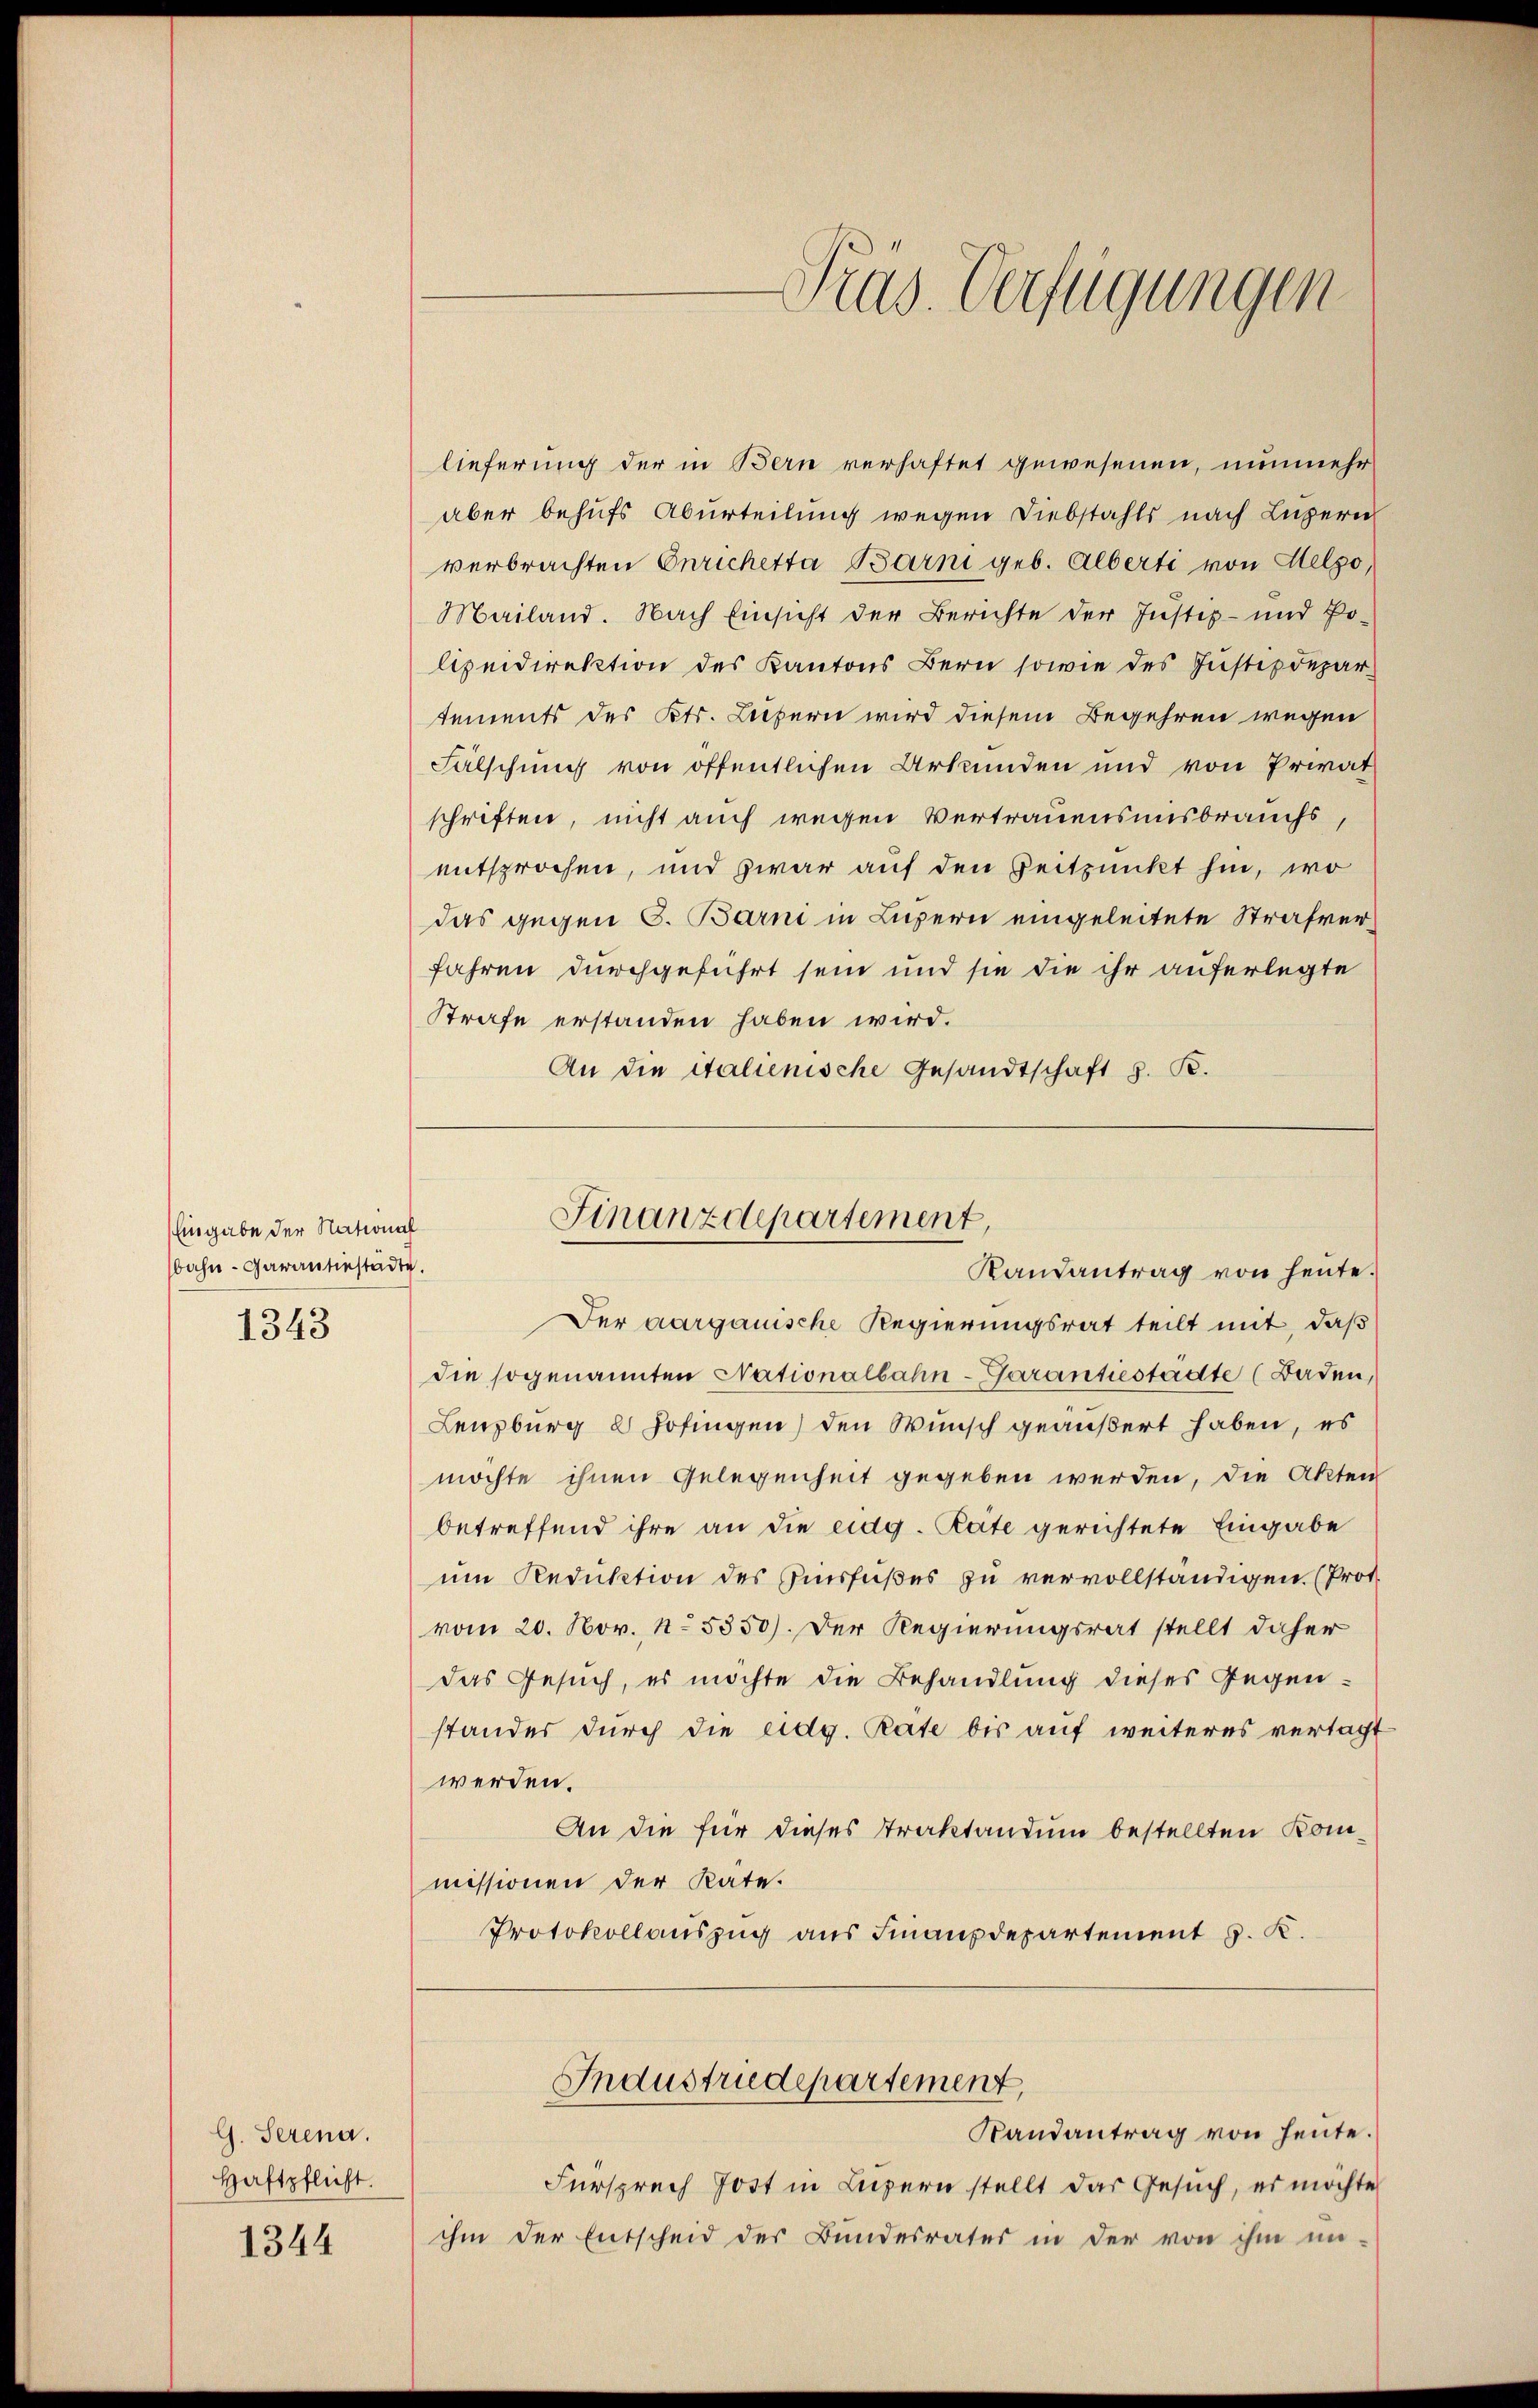
Eingabe der National
bahn-Garantiestadte.

1343

G. Serena.
Haftpflicht.

1344

lieferung der in Bern verhaftet gewesenen, nunmehr
aber behufs Aburteilung wegen Diebstahls nach Luzern
verbrachten Onrichetta Barni geb. Alberti von Helzo,
Mailand. Nach Einsicht der Berichte der Justiz- und Po-
lizeidirektion des Kantons Bern sowie des Justizdepartements des Kts. Luzern wird diesem Begehren wegen
Fälschung von öffentlichen Urkunden und von Privat
schriften, nicht auch wegen Vertrauensensbrauchs,
entsprochen, und zwar auf den Zeitpunkt hin, wo
das gegen S. Bern in Luzern eingeleitete Strafverfahren durchgeführt sein und sie die ihr auferlegte
Strafe erstanden haben wird.
An die Stalienische Gesandtschaft z. B.

Der aargauische Regierungsrat teilt mit, daß
die sogenannten Nationalbahn-Garantestadte (Baden,
Lenzburg 2 Hofingen) den Wunsch geäußert haben, es
möchte ihnen Gelegenheit gegeben werden, die Akten
betreffend ihre an die eidg. Rate gerichtete Eingabe
um Reduktion des Einsfußes zu vervollständigen. (Prot
vom 20. Nov. 15350). Der Regierungsrat stellt daher
das Gesuch, es möchte die Behandlung dieses Gegenstandes durch die eidg. Rate bis auf weiteres vertagt
werden.
An die für dieses Traktandum bestellten Kommissionen der Kate.
Protokollauszug aus Finanzdepartement J. K.
Industriedepartement,
Randantrag von heute.
Fürsprech Jost in Luzern stellt das Gesuch, es möchte
ihm der Entscheid des Bundesrates in der von ihm un-

Pras. Verfügungen

Finanzdepartement,
Randantrag von heute.